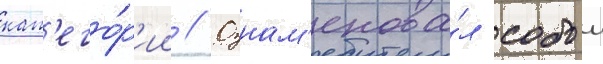
кат'его́р'ии // Ознам'енова́л собои